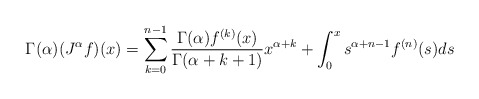
\begin{align*} \Gamma(\alpha)(J^\alpha f)(x)=\sum_{k=0}^{n-1}\frac{\Gamma(\alpha)f^{(k)}(x)}{\Gamma(\alpha+k+1)}x^{\alpha+k}+\int_0^xs^{\alpha+n-1}f^{(n)}(s)ds\end{align*}